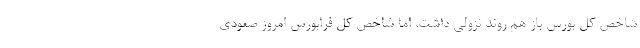
شاخص کل بورس باز هم روند نزولی داشت، اما شاخص کل فرابورس امروز صعودی